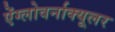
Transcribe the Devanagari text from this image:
ऐंग्लोवर्नाक्यूलर